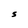
Character: S